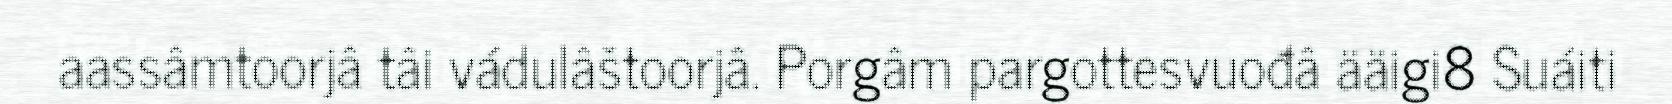
aassâmtoorjâ tâi vádulâštoorjâ. Porgâm pargottesvuođâ ääigi8 Suáiti